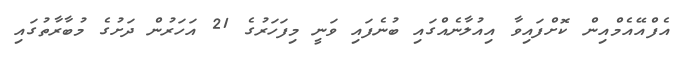
އެފްއޭއެމްއިން ކޮށްފައިވާ އިއުލާނެއްގައި ބުނެފައި ވަނީ މިފަހަރުގެ 21 އަހަރުން ދަށުގެ މުބާރާތުގައި